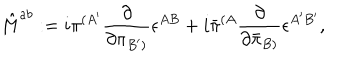
LaTeX: { \hat { M } } ^ { a b } : = i { \pi } ^ { ( { A ^ { \prime } } } { \frac { \partial } { \partial { \pi } _ { { B ^ { \prime } } ) } } } \epsilon ^ { A B } + i { \bar { \pi } } ^ { ( { A } } { \frac { \partial } { \partial { \bar { \pi } } _ { { B ) } } } } \epsilon ^ { { A ^ { \prime } } { B ^ { \prime } } } ,